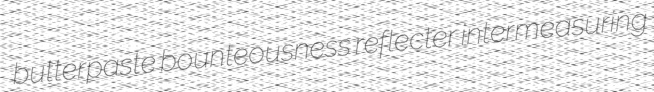
butterpaste bounteousness reflecter intermeasuring